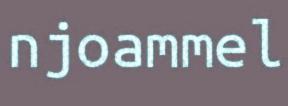
njoammel